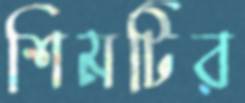
শিমটির